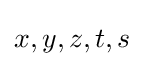
x,y,z,t,s